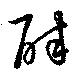
醉